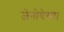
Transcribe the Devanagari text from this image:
जेनोवेसा।